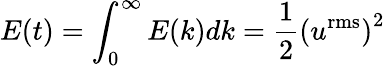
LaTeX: E(t)=\int_{0}^{\infty}E(k)dk=\frac{1}{2}\left(u^{\mathrm{rms}}\right)^{2}